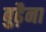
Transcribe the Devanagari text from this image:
बुढ़ैना